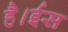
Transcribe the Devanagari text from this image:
है।ईस